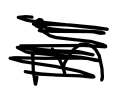
Text: in
Cross-out: scratch
Writing tool: digital_black